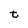
Character: t